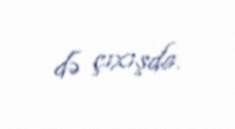
də çıxışda.